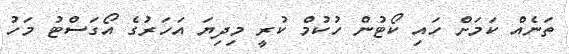
ތަނެއް ކަމަށް ހައި ކޯޓުން ހުކުމް ކުރީ މިދިޔަ އަހަރުގެ އޯގަސްޓު މަހު